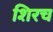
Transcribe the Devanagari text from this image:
शिरच